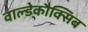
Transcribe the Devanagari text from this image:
वाल्डेकौक्सिब